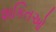
શકિતઓ